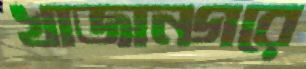
খাজানগরে